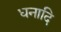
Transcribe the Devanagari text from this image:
धनादि